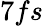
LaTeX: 7fs